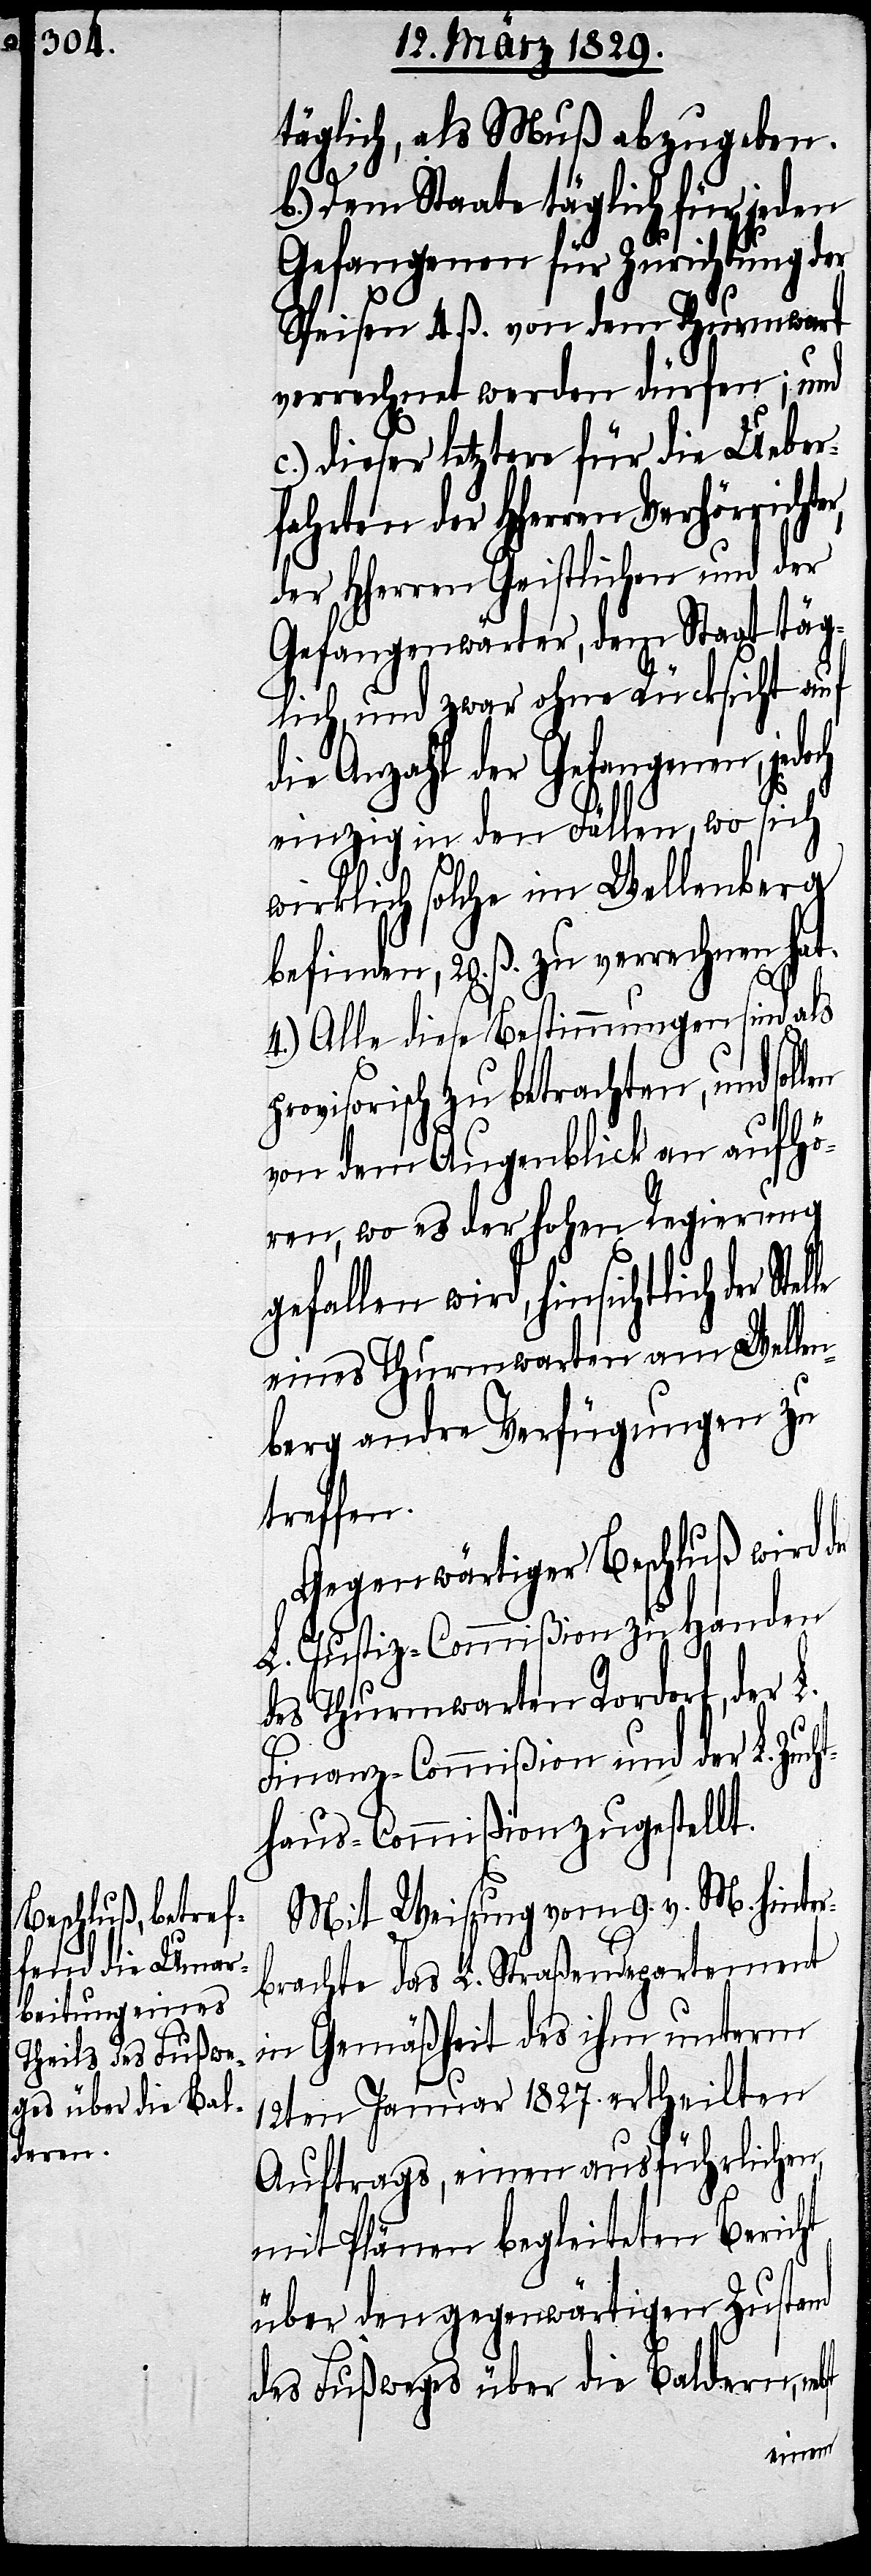
täglich, als Muß abzugeben.
pro¬
b.) Dem Staate täglich für jeden
Gefangenen für Zurichtung der
Speisen 4. ß. von dem Thurmwart
verrechnet werden dürfen; und
c.) dieser letztere für die Ueber¬
fahrten der HHerren
der HHerren Geistlichen und der
Gefangenwärter, dem Staat täg¬
lich, und zwar ohne Rücksicht auf
die Anzahl der Gefangenen,
einzig in den Fällen, wo sich
wirklich solche im Wellenberg
befinden, 20. ß. zu verrechnen hat.
4.) Alle diese Bestimmungen sind als
visorisch zu betrachten, und
von dem Augenblick an aufhö¬
ren, wo der hohen Regierung
gefallen wird, hinsichtlich
eines Thurmwarten am Welle¬
nberg andre Verfügungen zu
treffen.
Gegenwärtiger Beschluß wird
L. Justiz-Commißion zu Handen
des Thurmwarten Rordorf, der L.
Finanz-Commißion und der L. Zuch¬
thaus-Commißion zugestellt.
Mit Weisung vom 9. v. M. hinter¬
brachte das L. Straßendepartement
in Gemäßheit des ihm unterm
12ten Januar 1827. ertheilten
Auftrags, einen ausführlichen,
mit Plänen begleiteten Bericht
über den gegenwärtigen Zustand
des Fußweges über die Baldern,